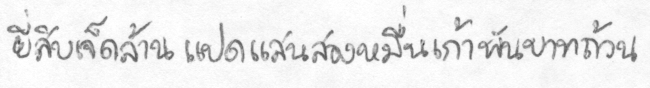
ยี่สิบเจ็ดล้านแปดแสนสองหมื่นเก้าพันบาทถ้วน